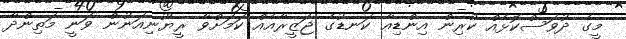
މީގެ ދުވަސްކޮޅެއް ކުރިން އިންޑިއާ ކަނޑުގެ ޖަޒީރާއެއް ކަމަށްވާ ރީޔޫނިއަނުން ވަނީ މަތިންދާ